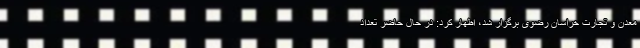
معدن و تجارت خراسان رضوی برگزار شد، اظهار کرد: در حال حاضر تعداد